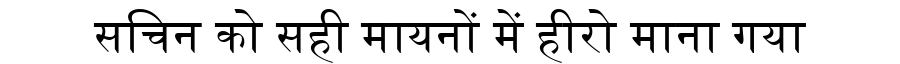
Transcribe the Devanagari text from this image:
सचिन को सही मायनों में हीरो माना गया